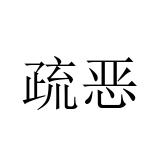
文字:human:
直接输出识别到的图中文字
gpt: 疏恶